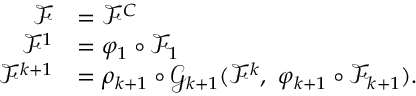
\begin{array} { r l } { \mathcal { F } } & { = \mathcal { F } ^ { C } } \\ { \mathcal { F } ^ { 1 } } & { = \varphi _ { 1 } \circ \mathcal { F } _ { 1 } } \\ { \mathcal { F } ^ { k + 1 } } & { = \rho _ { k + 1 } \circ \mathcal { G } _ { k + 1 } ( \mathcal { F } ^ { k } , \ \varphi _ { k + 1 } \circ \mathcal { F } _ { k + 1 } ) . } \end{array}